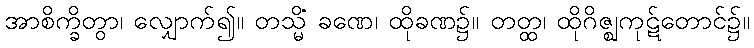
အာစိက္ခိတွာ၊ လျှောက်၍။ တသ္မိံ ခဏေ၊ ထိုခဏ၌။ တတ္ထ၊ ထိုဂိဇ္ဈကုဋ်တောင်၌။